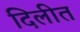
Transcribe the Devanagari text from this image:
दिलीत